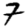
Digit: 7